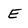
Character: E